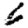
Digit: 6